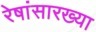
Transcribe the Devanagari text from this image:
रेषांसारख्या